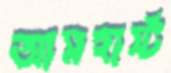
আমহার্স্ট